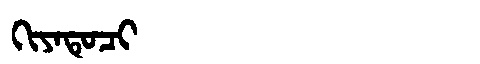
Manchu: ᡴᡳᠶᠠᡨᡠᠴᡳ
Romanization: KIYATUCI